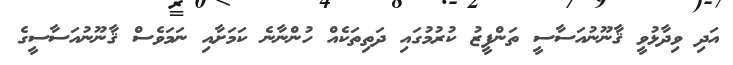
އަދި ވިދާޅުވީ ޤާނޫނުއަސާސީ ތަންފީޒު ކުރުމުގައި ދަތިތަކެއް ހުންނާނެ ކަމަށާއި ނަމަވެސް ޤާނޫނުއަސާސީގެ